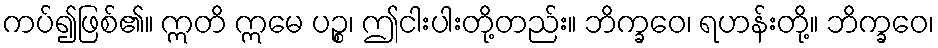
ကပ်၍ဖြစ်၏။ ဣတိ ဣမေ ပဉ္စ၊ ဤငါးပါးတို့တည်း။ ဘိက္ခဝေ၊ ရဟန်းတို့။ ဘိက္ခဝေ၊